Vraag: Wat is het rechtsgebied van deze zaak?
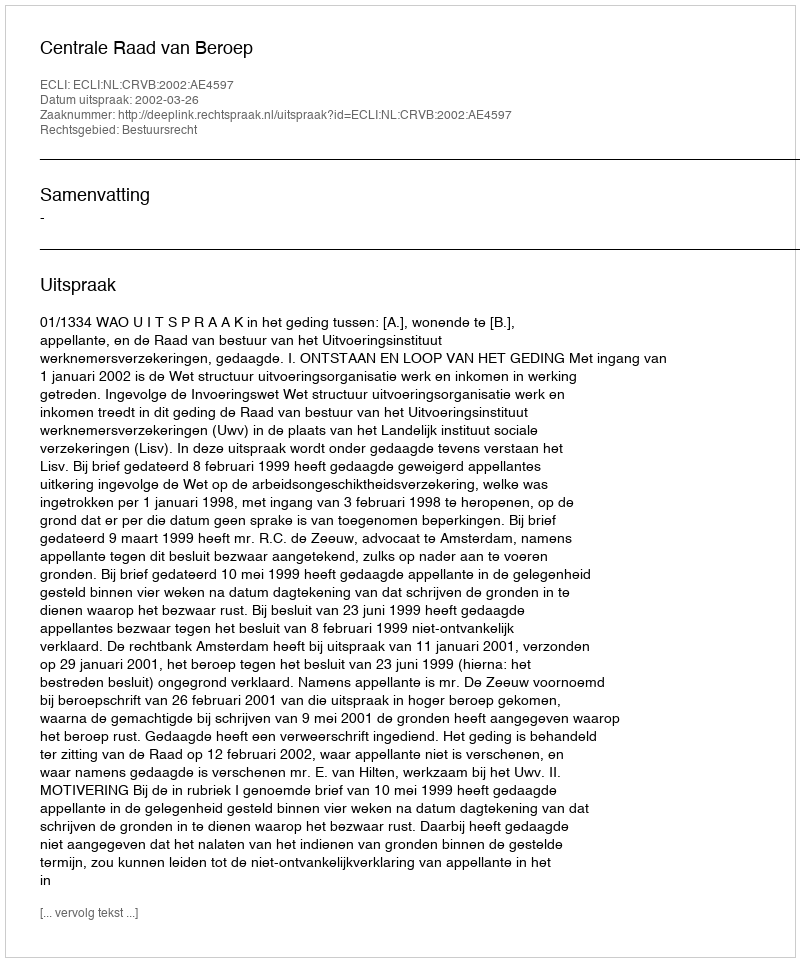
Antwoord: Bestuursrecht